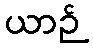
ယာဉ်